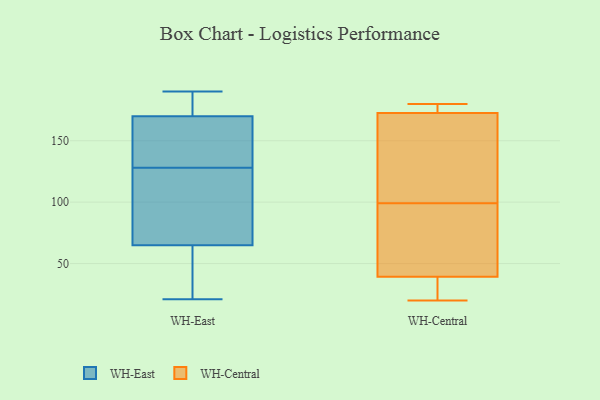
{"axis": {"x": "Production Output", "y": "Value"}, "legend": ["WH-Central", "WH-East"], "data": [{"x": "", "y": 64, "type": "WH-East"}, {"x": "", "y": 73, "type": "WH-East"}, {"x": "", "y": 136, "type": "WH-East"}, {"x": "", "y": 21, "type": "WH-East"}, {"x": "", "y": 61, "type": "WH-East"}, {"x": "", "y": 65, "type": "WH-East"}, {"x": "", "y": 180, "type": "WH-East"}, {"x": "", "y": 190, "type": "WH-East"}, {"x": "", "y": 135, "type": "WH-East"}, {"x": "", "y": 98, "type": "WH-East"}, {"x": "", "y": 181, "type": "WH-East"}, {"x": "", "y": 160, "type": "WH-East"}, {"x": "", "y": 129, "type": "WH-East"}, {"x": "", "y": 47, "type": "WH-East"}, {"x": "", "y": 170, "type": "WH-East"}, {"x": "", "y": 112, "type": "WH-East"}, {"x": "", "y": 127, "type": "WH-East"}, {"x": "", "y": 178, "type": "WH-East"}, {"x": "", "y": 37, "type": "WH-Central"}, {"x": "", "y": 180, "type": "WH-Central"}, {"x": "", "y": 172, "type": "WH-Central"}, {"x": "", "y": 126, "type": "WH-Central"}, {"x": "", "y": 33, "type": "WH-Central"}, {"x": "", "y": 168, "type": "WH-Central"}, {"x": "", "y": 20, "type": "WH-Central"}, {"x": "", "y": 33, "type": "WH-Central"}, {"x": "", "y": 92, "type": "WH-Central"}, {"x": "", "y": 93, "type": "WH-Central"}, {"x": "", "y": 40, "type": "WH-Central"}, {"x": "", "y": 176, "type": "WH-Central"}, {"x": "", "y": 99, "type": "WH-Central"}, {"x": "", "y": 174, "type": "WH-Central"}, {"x": "", "y": 60, "type": "WH-Central"}, {"x": "", "y": 122, "type": "WH-Central"}, {"x": "", "y": 174, "type": "WH-Central"}]}